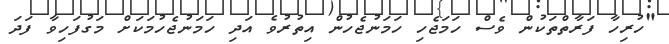
"ހުރިހާ ފަރާތްތަކުން ވެސް ހަމަޖެހި ހަމަނުޖެހުން އިތުރުވެ އަދި ހަމަނުޖެހުމަކަށް މަގުފަހިވާ ފަދަ